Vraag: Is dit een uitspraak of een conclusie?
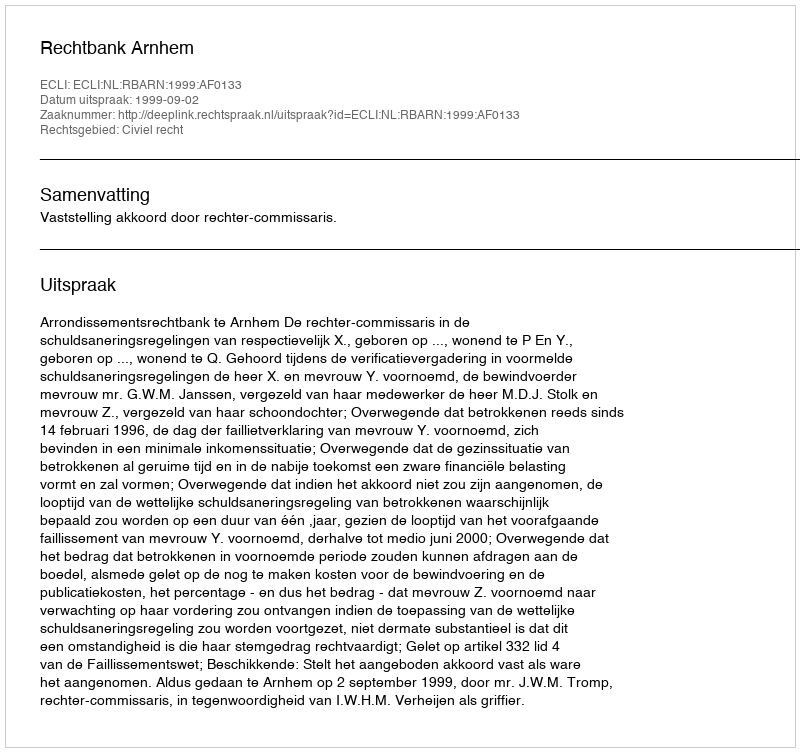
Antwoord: Uitspraak